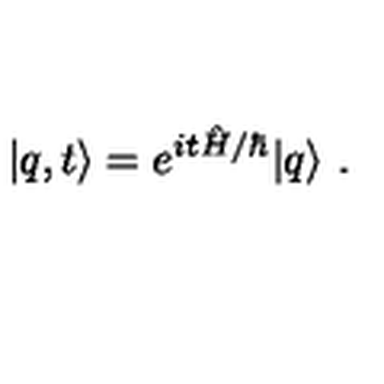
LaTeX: | q , t \rangle = e ^ { i t \hat { H } / \hbar } | q \rangle \ .